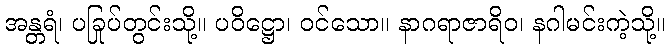
အန္တရံ၊ ပခြုပ်တွင်းသို့။ ပဝိဋ္ဌော၊ ဝင်သော။ နာဂရာဇာရိဝ၊ နဂါမင်းကဲ့သို့။